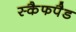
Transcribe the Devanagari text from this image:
स्कैफपैड